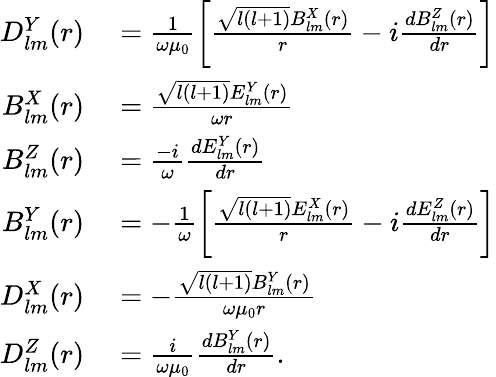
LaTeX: \begin{array}{rl}{D_{lm}^{Y}(r)}&{{}=\frac{1}{\omega\mu_{0}}\left[\frac{\sqrt{l(l+1)}B_{lm}^{X}(r)}{r}-i\frac{dB_{lm}^{Z}(r)}{dr}\right]}\\ {B_{lm}^{X}(r)}&{{}=\frac{\sqrt{l(l+1)}E_{lm}^{Y}(r)}{\omega r}}\\ {B_{lm}^{Z}(r)}&{{}=\frac{-i}{\omega}\frac{dE_{lm}^{Y}(r)}{dr}}\\ {B_{lm}^{Y}(r)}&{{}=-\frac{1}{\omega}\left[\frac{\sqrt{l(l+1)}E_{lm}^{X}(r)}{r}-i\frac{dE_{lm}^{Z}(r)}{dr}\right]}\\ {D_{lm}^{X}(r)}&{{}=-\frac{\sqrt{l(l+1)}B_{lm}^{Y}(r)}{\omega\mu_{0}r}}\\ {D_{lm}^{Z}(r)}&{{}=\frac{i}{\omega\mu_{0}}\frac{dB_{lm}^{Y}(r)}{dr}.}\end{array}